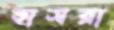
হাসরা